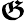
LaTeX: \boldsymbol{\mathfrak{G}}